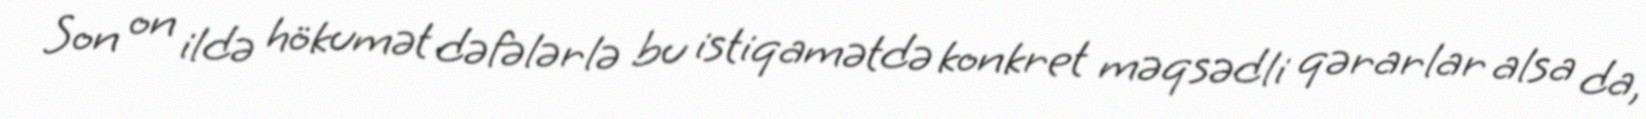
Son on ildə hökumət dəfələrlə bu istiqamətdə konkret məqsədli qərarlar alsa da,